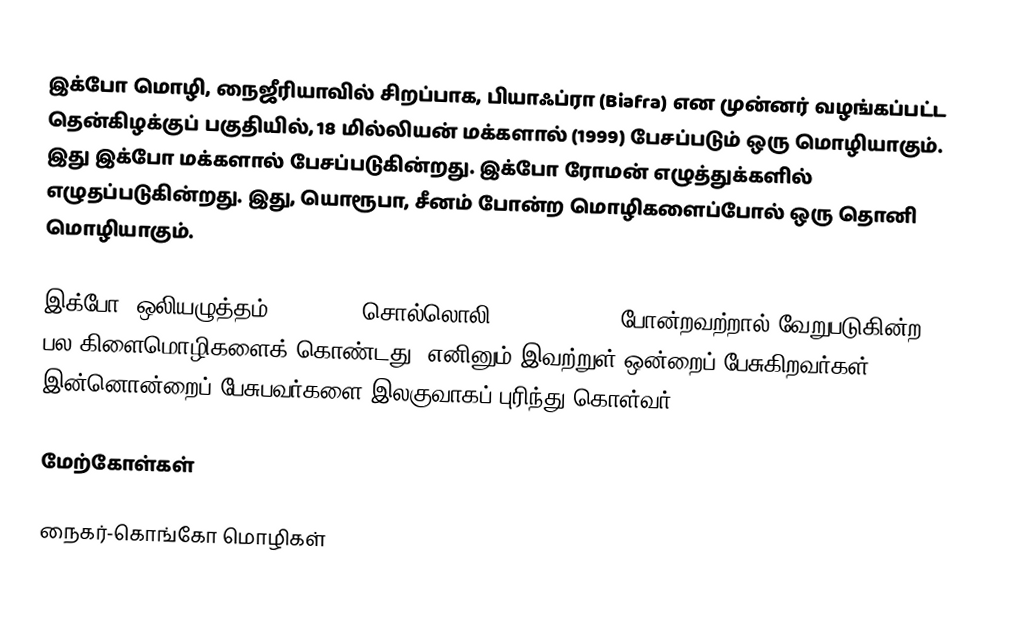
இக்போ மொழி, நைஜீரியாவில் சிறப்பாக, பியாஃப்ரா (Biafra) என முன்னர் வழங்கப்பட்ட தென்கிழக்குப் பகுதியில், 18 மில்லியன் மக்களால் (1999) பேசப்படும் ஒரு மொழியாகும். இது இக்போ மக்களால் பேசப்படுகின்றது. இக்போ ரோமன் எழுத்துக்களில் எழுதப்படுகின்றது. இது, யொரூபா, சீனம் போன்ற மொழிகளைப்போல் ஒரு தொனி மொழியாகும்.

இக்போ, ஒலியழுத்தம் (accent), சொல்லொலி (orthography) போன்றவற்றால் வேறுபடுகின்ற பல கிளைமொழிகளைக் கொண்டது. எனினும் இவற்றுள் ஒன்றைப் பேசுகிறவர்கள் இன்னொன்றைப் பேசுபவர்களை இலகுவாகப் புரிந்து கொள்வர்.

மேற்கோள்கள்

நைகர்-கொங்கோ மொழிகள்